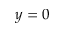
y = 0